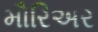
મૌરિઅર